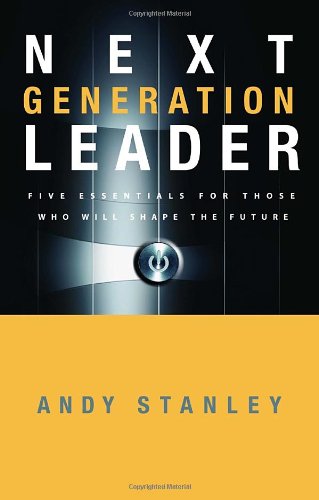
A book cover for Next Generation Leader: 5 Essentials for Those Who Will Shape the Future; Andy Stanley; Religion & Spirituality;